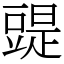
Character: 䜻